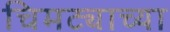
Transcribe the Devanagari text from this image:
चिमट्याच्या